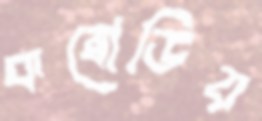
কম্বোডিয়